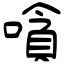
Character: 嗿